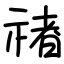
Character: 禇